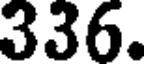
336.